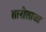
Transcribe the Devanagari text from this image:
तारोताजा